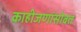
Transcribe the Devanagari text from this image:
काहीजणांसोबत